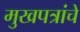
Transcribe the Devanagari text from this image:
मुखपत्रांचे